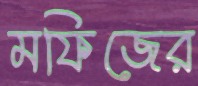
মফিজের